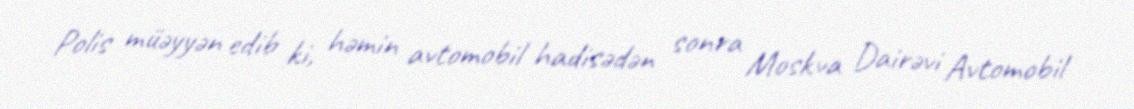
Polis müəyyən edib ki, həmin avtomobil hadisədən sonra Moskva Dairəvi Avtomobil